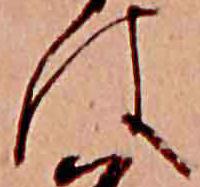
は